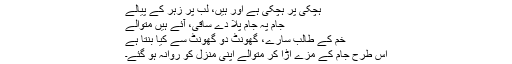
ہچکی پر ہچکی ہے اور ہیں، لب پر زہر کے پیالے
جام پہ جام پلا دے ساقی، آئے ہیں متوالے
خم کے طالب سارے، گھونٹ دو گھونٹ سے کیا بنتا ہے
اس طرح جام کے مزے اڑا کر متوالے اپنی منزل کو روانہ ہو گئے۔